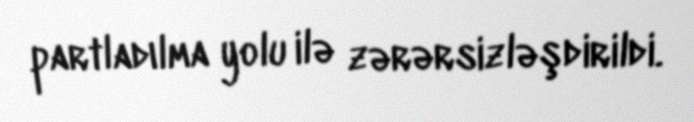
partladılma yolu ilə zərərsizləşdirildi.